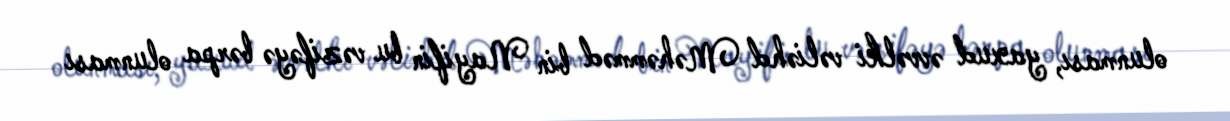
olunması, yaxud əvvəlki vəliəhd Məhəmməd bin Nayifin bu vəzifəyə bərpa olunması